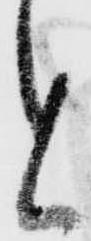
と